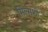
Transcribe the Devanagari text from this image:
मिल्सशी